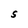
Character: S